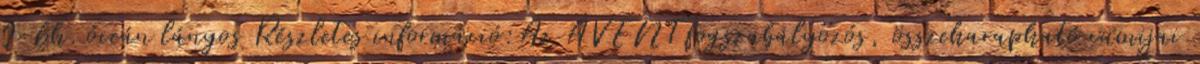
0-6h. óceán lányos Részletes információ:Az AVENT fogszabályozós, összeharapható cumijai